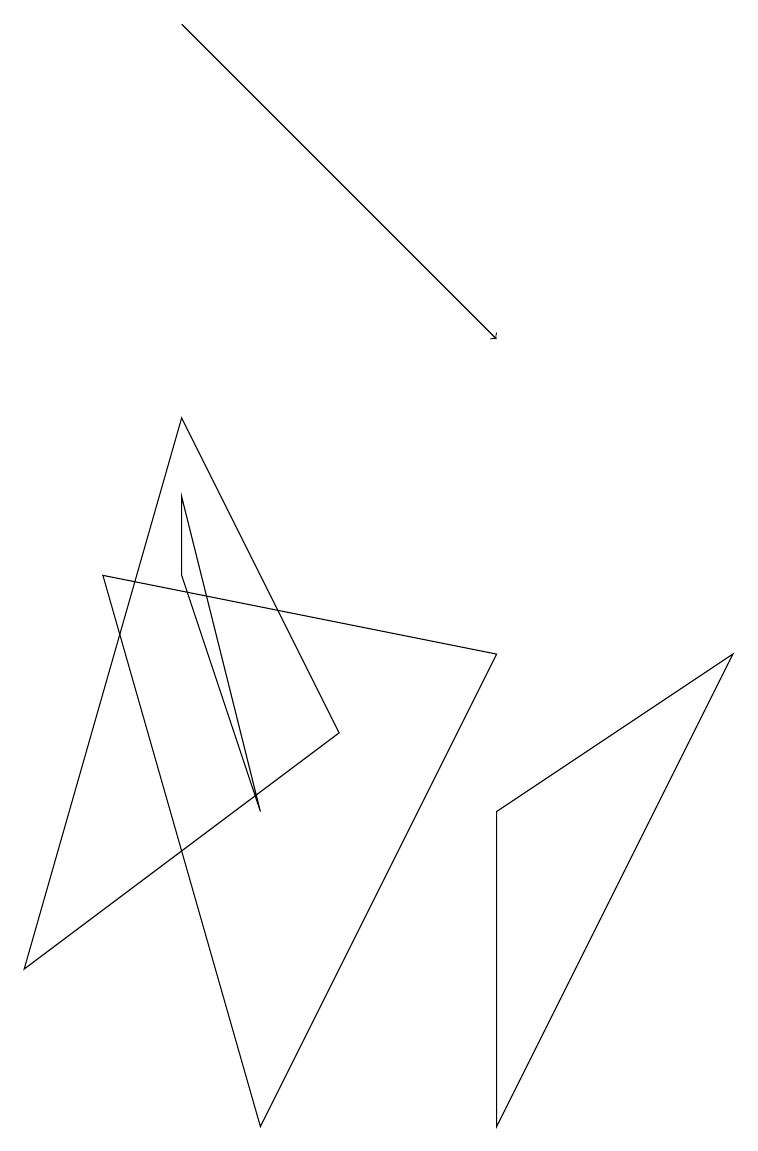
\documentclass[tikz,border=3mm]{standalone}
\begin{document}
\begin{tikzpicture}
\draw (1,7) -- (3,0) -- (6,6) -- cycle;
\draw[->] (2,14) -- (6,10);
\draw (3,4) -- (2,7) -- (2,8) -- cycle;
\draw (4,5) -- (0,2) -- (2,9) -- cycle;
\draw (9,6) -- (6,0) -- (6,4) -- cycle;
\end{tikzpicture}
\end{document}